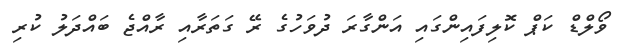
ވޯލްޑް ކަޕް ކޮލިފައިންގައި އަންގާރަ ދުވަހުގެ ރޭ ގަތަރާއި ރާއްޖެ ބައްދަލު ކުރި